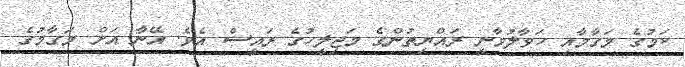
ކަމުގެ މަގާމާއި ހަވާލުވާނީ ރައްޔިތުންގެ މަޖިލީހުގެ ރައީސް އެވެ. އޭނާ އަށް މަގާމުގެ